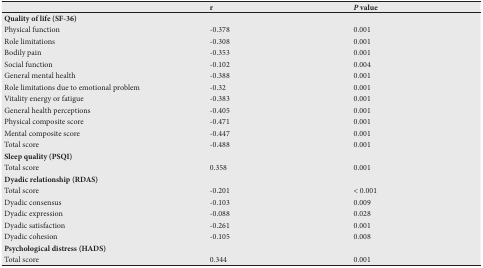
<table><thead><tr><td></td><td><b>r</b></td><td><b><i>P value</i></b></td></tr></thead><tbody><tr><td><b>Quality of life (SF-36)</b></td><td></td><td></td></tr><tr><td>Physical function</td><td>-0.378</td><td>0.001</td></tr><tr><td>Role limitations</td><td>-0.308</td><td>0.001</td></tr><tr><td>Bodily pain</td><td>-0.353</td><td>0.001</td></tr><tr><td>Social function</td><td>-0.102</td><td>0.004</td></tr><tr><td>General mental health</td><td>-0.388</td><td>0.001</td></tr><tr><td>Role limitations due to emotional problem</td><td>-0.32</td><td>0.001</td></tr><tr><td>Vitality energy or fatigue</td><td>-0.383</td><td>0.001</td></tr><tr><td>General health perceptions</td><td>-0.405</td><td>0.001</td></tr><tr><td>Physical composite score</td><td>-0.471</td><td>0.001</td></tr><tr><td>Mental composite score</td><td>-0.447</td><td>0.001</td></tr><tr><td>Total score</td><td>-0.488</td><td>0.001</td></tr><tr><td><b>Sleep quality (PSQI)</b></td><td></td><td></td></tr><tr><td>Total score</td><td>0.358</td><td>0.001</td></tr><tr><td><b>Dyadic relationship (RDAS)</b></td><td></td><td></td></tr><tr><td>Total score</td><td>-0.201</td><td>&lt; 0.001</td></tr><tr><td>Dyadic consensus</td><td>-0.103</td><td>0.009</td></tr><tr><td>Dyadic expression</td><td>-0.088</td><td>0.028</td></tr><tr><td>Dyadic satisfaction</td><td>-0.261</td><td>0.001</td></tr><tr><td>Dyadic cohesion</td><td>-0.105</td><td>0.008</td></tr><tr><td><b>Psychological distress (HADS)</b></td><td></td><td></td></tr><tr><td>Total score</td><td>0.344</td><td>0.001</td></tr></tbody></table>